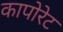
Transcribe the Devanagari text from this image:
कापोरेट